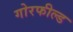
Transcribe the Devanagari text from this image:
गोरफील्ड